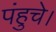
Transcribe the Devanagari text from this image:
पंहुचे।